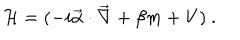
{ \cal H } = ( - i \vec { \alpha } \cdot \vec { \nabla } + \beta m + V ) \ .